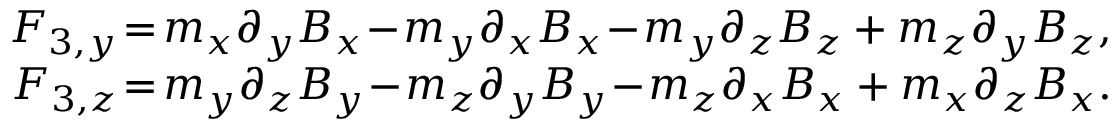
\begin{array} { r } { F _ { 3 , y } \! = \! m _ { x } \partial _ { y } B _ { x } \! - \! m _ { y } \partial _ { x } B _ { x } \! - \! m _ { y } \partial _ { z } B _ { z } + m _ { z } \partial _ { y } B _ { z } , } \\ { F _ { 3 , z } \! = \! m _ { y } \partial _ { z } B _ { y } \! - \! m _ { z } \partial _ { y } B _ { y } \! - \! m _ { z } \partial _ { x } B _ { x } + m _ { x } \partial _ { z } B _ { x } . } \end{array}